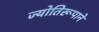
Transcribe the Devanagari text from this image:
ज्योतिरूपाने